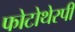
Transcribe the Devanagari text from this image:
फोटोथेरपी